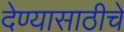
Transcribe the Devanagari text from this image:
देण्यासाठीचे